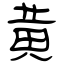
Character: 黄